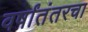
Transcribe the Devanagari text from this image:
वर्षांतंतरचा